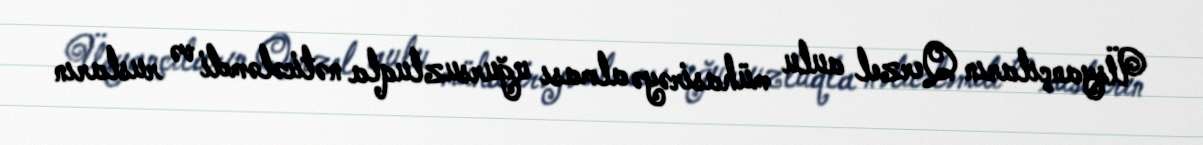
Üsyançıların Qerzel aulu mühasirəyə alması uğursuzluqla nəticələmdi və rusların